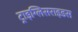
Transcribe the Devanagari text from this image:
ट्राइग्लिसराइडस